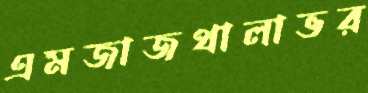
এমজাজথালাভর